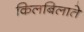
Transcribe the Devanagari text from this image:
किलबिलाते